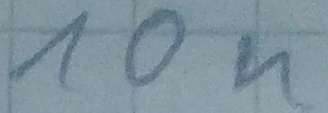
Text: 10n